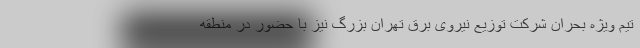
تیم ویژه بحران شرکت توزیع نیروی برق تهران بزرگ نیز با حضور در منطقه